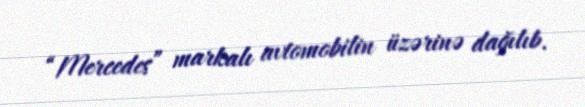
“Mercedes” markalı avtomobilin üzərinə dağılıb.